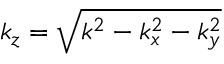
k _ { z } = \sqrt { k ^ { 2 } - k _ { x } ^ { 2 } - k _ { y } ^ { 2 } }